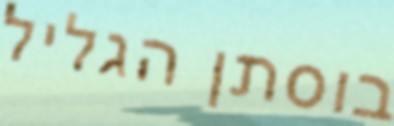
בוסתן הגליל